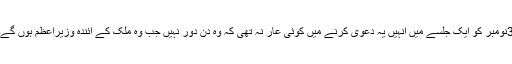
3نومبر کو ایک جلسے میں انہیں یہ دعویٰ کرنے میں کوئی عار نہ تھی کہ وہ دن دور نہیں جب وہ ملک کے آئندہ وزیراعظم ہوں گے۔